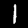
Digit: 1